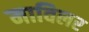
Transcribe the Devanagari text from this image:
माविलर